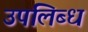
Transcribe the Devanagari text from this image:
उपलिब्ध